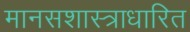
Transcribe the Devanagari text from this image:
मानसशास्त्राधारित